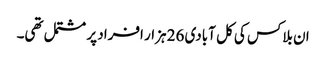
ان بلاکس کی کل آبادی 26 ہزار افراد پر مشتمل تھی۔